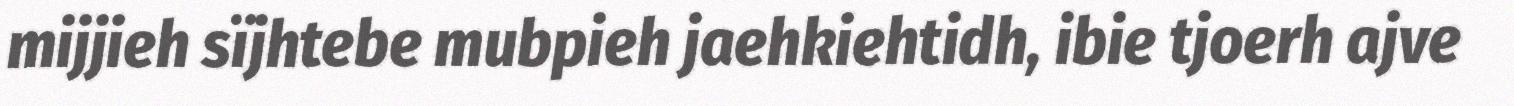
mijjieh sïjhtebe mubpieh jaehkiehtidh, ibie tjoerh ajve